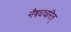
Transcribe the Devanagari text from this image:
नैषधचरित्‌